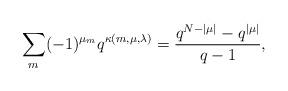
LaTeX: \begin{align*}\sum_{m} (-1)^{\mu_m}q^{\kappa(m,\mu,\lambda)}=\frac{q^{N-|\mu|} - q^{|\mu|}}{q-1},\end{align*}